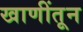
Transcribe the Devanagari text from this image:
खाणींतून